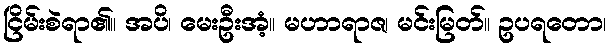
ငြိမ်းစဲရာ၏။ အပိ၊ မေးဦးအံ့။ မဟာရာဇ၊ မင်းမြတ်။ ဥပရတော၊